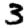
Digit: 3